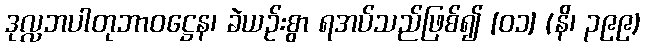
ဒုလ္လဘပါတုဘာဝဋ္ဌေန၊ ခဲယဉ်းစွာ ရအပ်သည်ဖြစ်၍ [၀၁] (နိ၊ ၃၉၉)